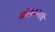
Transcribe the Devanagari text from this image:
मोठेपणाचे